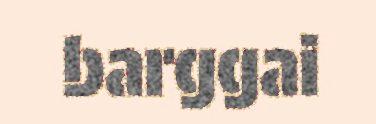
barggai